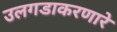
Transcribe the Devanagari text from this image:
उलगडाकरणारे